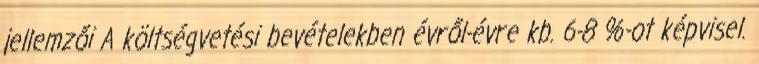
jellemzői A költségvetési bevételekben évről-évre kb. 6-8 %-ot képvisel.